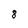
Character: 8